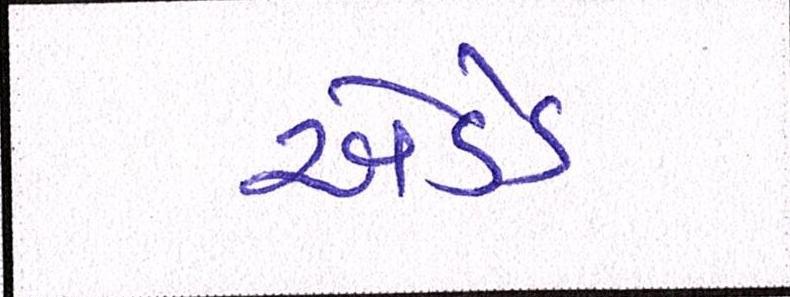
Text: એડેડ